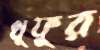
খুফুর